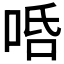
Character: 𠳂